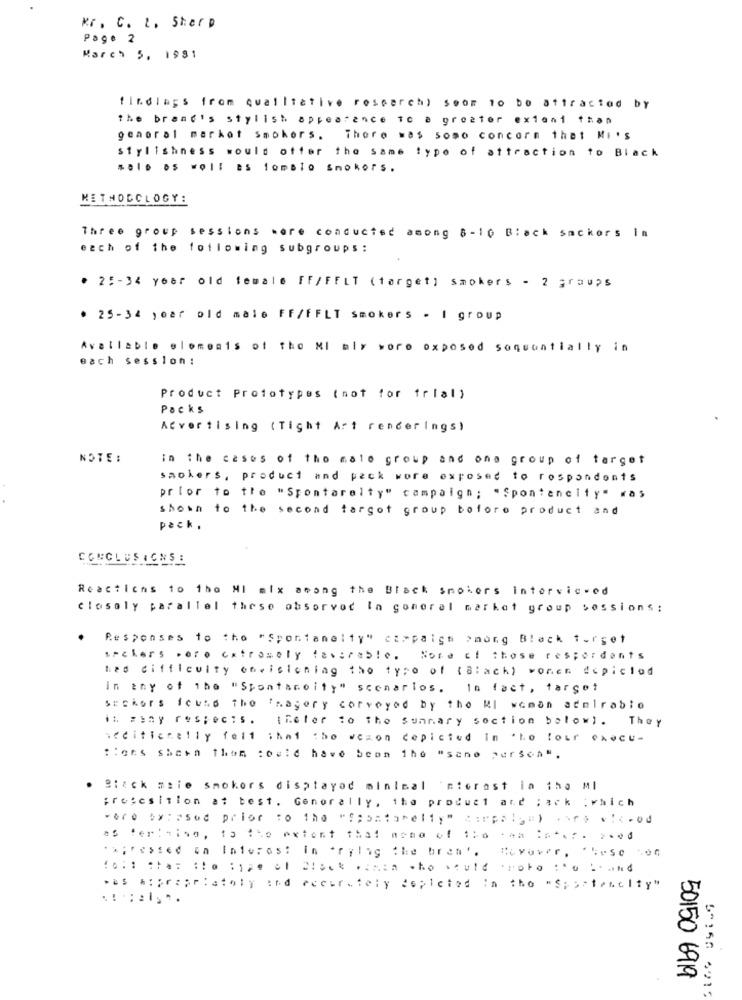
Kr. C. 2. Sharp
Page 2
March 5, 1981
findings from qualitative research) soor to Do attracted by
the brand's stylish appearance To a greater extant than
general market smokers. There was somo concorn that Mi's
stylishness would offer the same type of attraction to Black
solo os woll es lomalo Smokers.
METHODOLOGY:
Three group sessions were conducted among 8-10 Black snckors In
each of the following subgroups:
. 25-34 year old female FF/FELT (target] smokers - 2 graups
. 25-34 year old male FF/FFLT smokers - I group
Available olomouis of the MI aly wore exposed soquantially in
each session :
Product Prototypes (not for trial)
Packs
Advertising (Tight Art renderings)
NOTE:
in the cases of tho male group and one group of target
smokers, product and pack wore exposed to respondents
prior to the "Spontarelty" campaign; "Spontaneity" was
showh to the second targot group before product and
pack.
CONCLUSIONS:
Reactions to the MI mix among the Black smokers interviewed
closely parallel these absorver In general market group sessions :
Responses to tho "Spontaneity" campaign >mong Black torget
archers .ero extremely favorable. Nord of those respondents
hes difficulty oneislening tho typo of (Black) wonen depiclod
in any of the "Spontaneity" scenarlos. In fact, target
suckers found the fhagery corvoyed by the Ml woman admirable
it. zony res;ec.s.
[Refer to the summary section below) . They
seciticnelly felt ihni tho weson cepicted in the four execu-
:: ges Sheen them could have beon the "sane perSch".
Black mnie smokers displayod minimal 'nierast in the Ml
;rosesition at best. Generally, the product and ; ack ;which
.47. **: "sod prior to the "f;batatelly" cirpalya) .oro v1.od
as fer: ning, 15 the extent that none of 1ho .am In ... . ....
.x;ressed on Interest in *rylig the bren'.
was hiprzartatoly and accurately dopiciad in the "Sportencity"
50150 6919